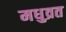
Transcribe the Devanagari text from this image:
मधुव्रत